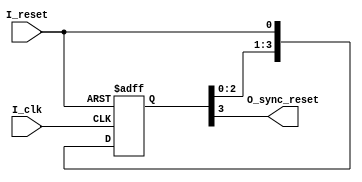
`timescale 1 ps/1 ps

module sync_reset
(
input        I_reset        ,   // Asynchronous reset
input        I_clk          ,   // System clock
output       O_sync_reset       // Synchronous reset
);

// flip-flop pipeline for reset duration stretch
(* ASYNC_REG = "TRUE" *)reg   [3:0]  R_reset_pipe;  

//---------------------------------------------------------------------------
// reset circuitry
//---------------------------------------------------------------------------
always@(posedge I_clk or posedge I_reset)
begin
    if (I_reset == 1'b1)
        R_reset_pipe <= 4'b1111;
    else
        R_reset_pipe <= {R_reset_pipe[2:0], I_reset};
end

assign O_sync_reset = R_reset_pipe[3] ;

endmodule